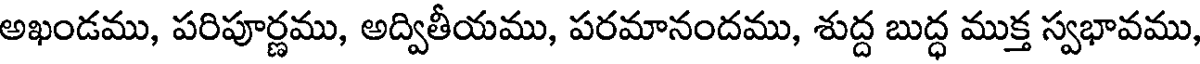
అఖండము, పరిపూర్ణము, అద్వితీయము, పరమానందము, శుద్ద బుద్ధ ముక్త స్వభావము,